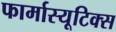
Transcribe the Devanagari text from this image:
फार्मास्यूटिक्स